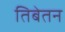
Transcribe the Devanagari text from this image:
तिबेतन